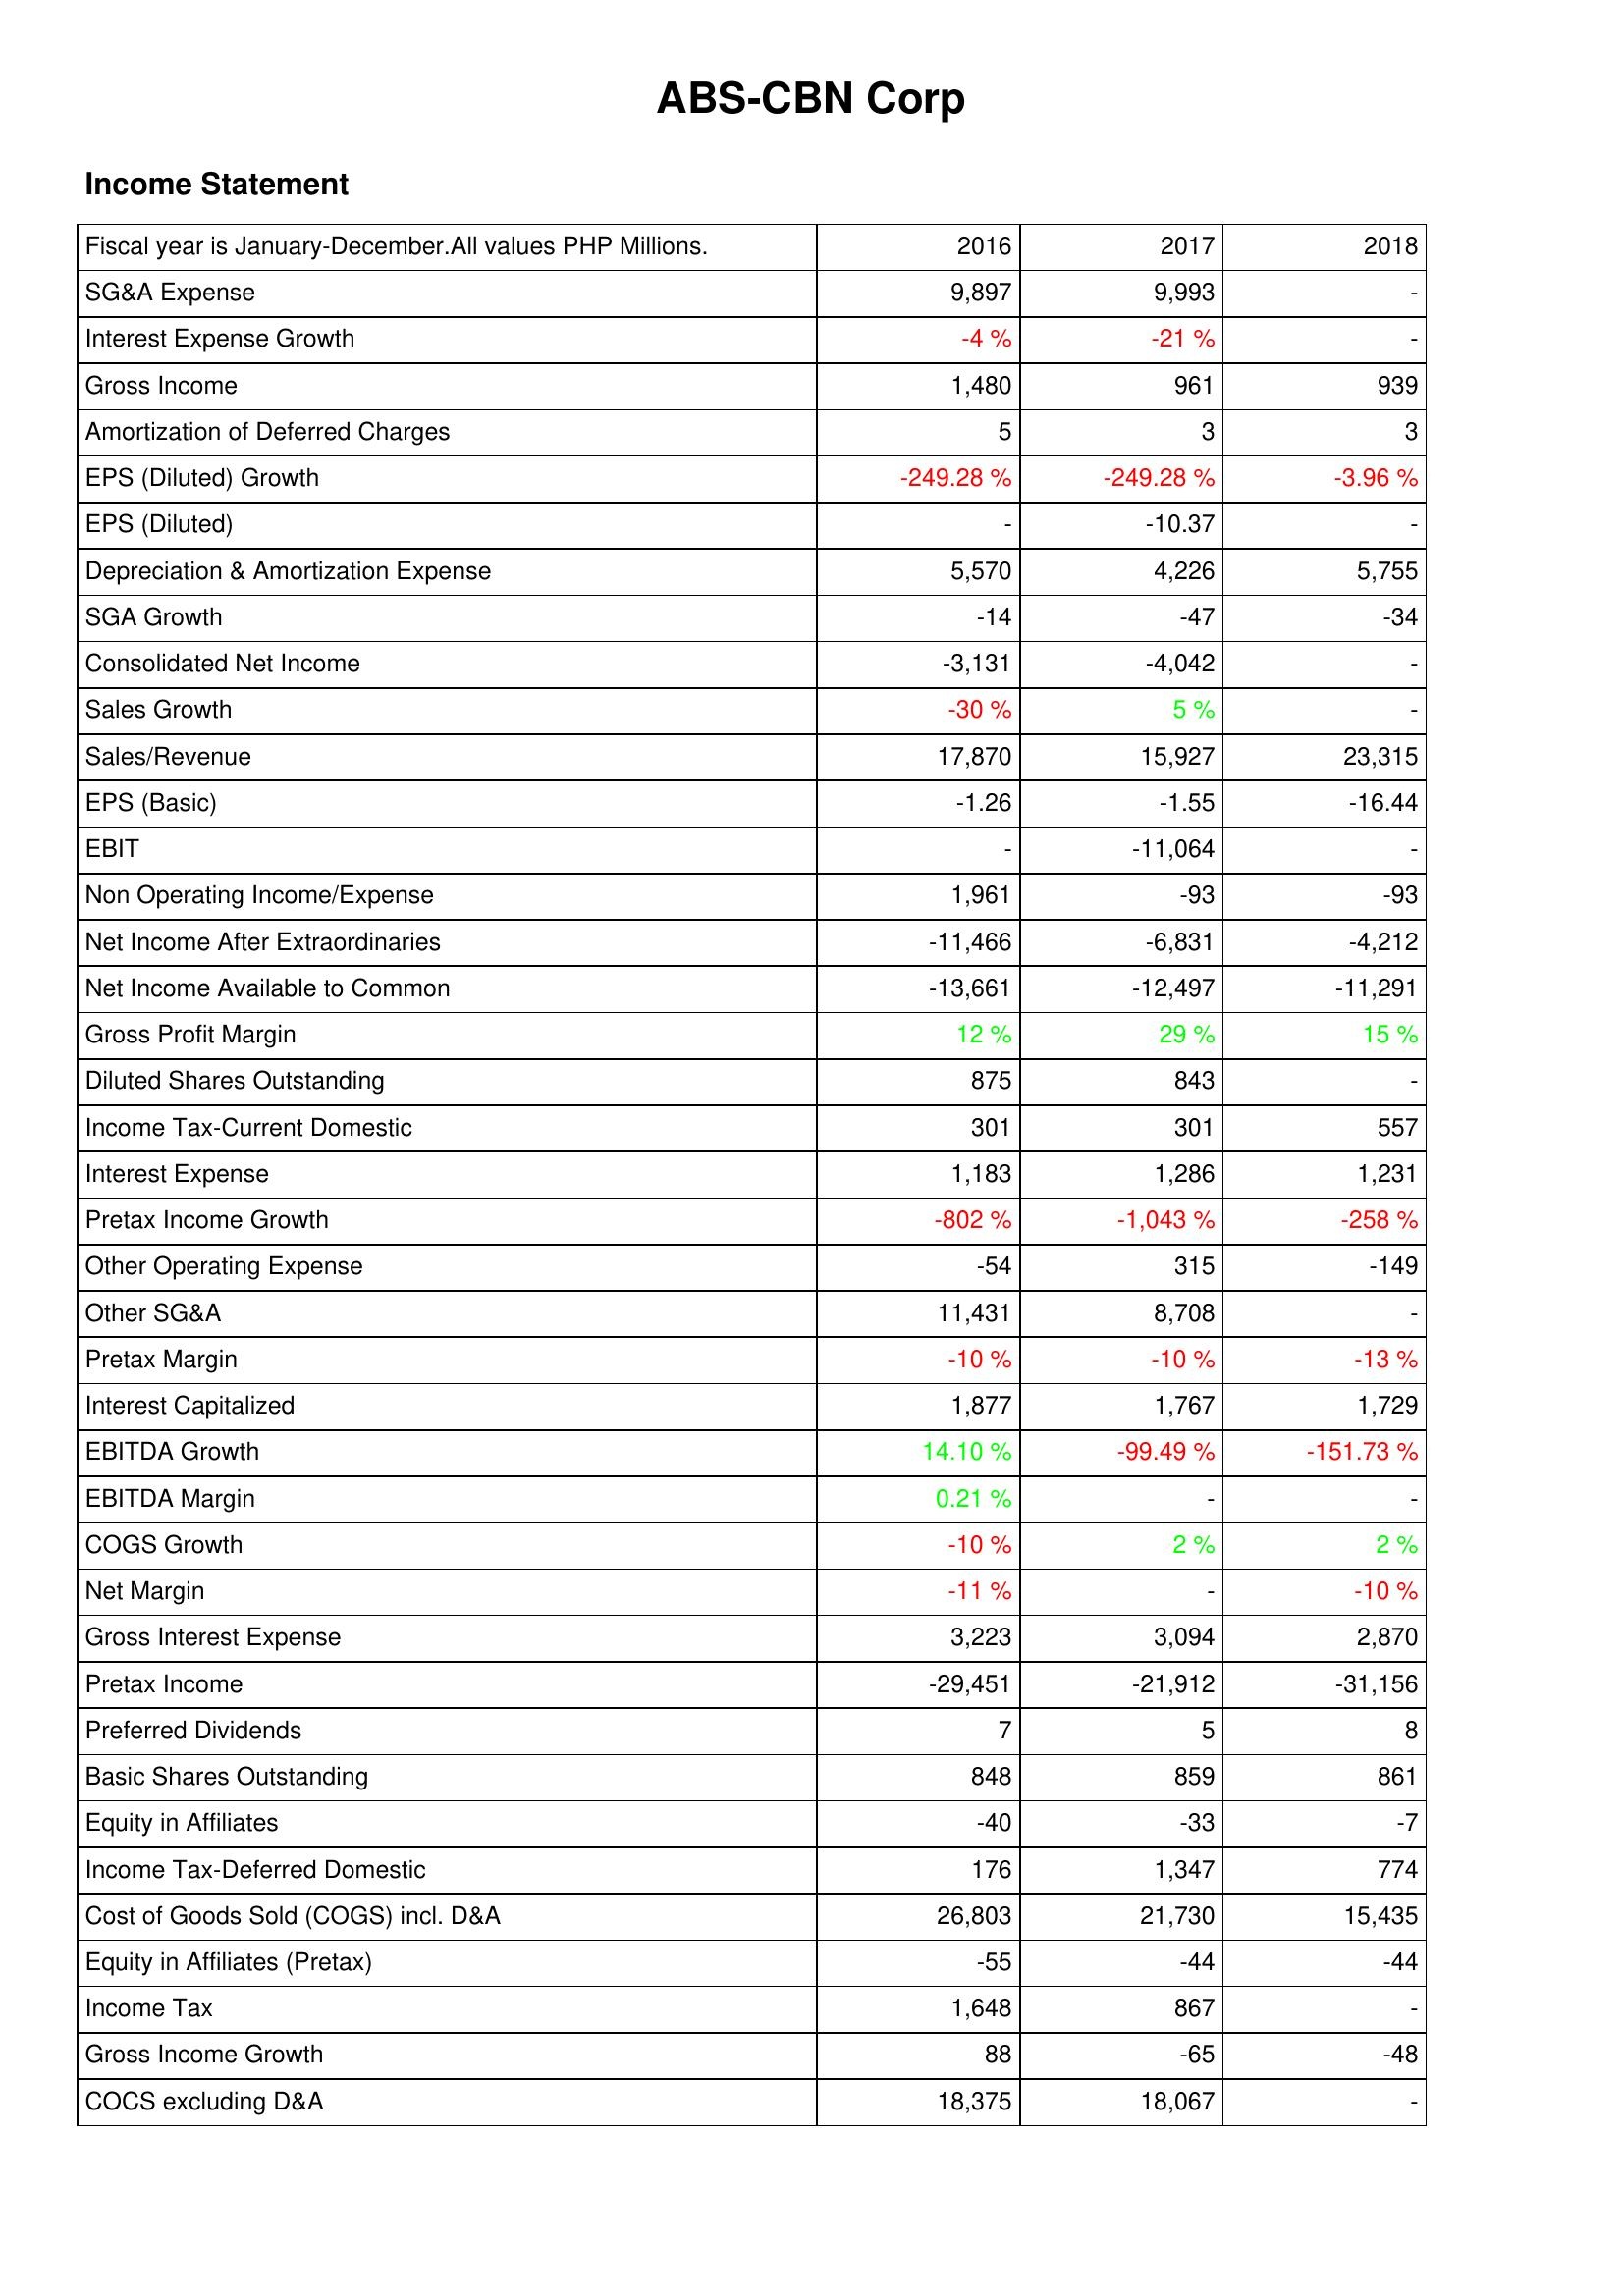
2016: Income Statement: SG&A Expense: 9,897
Interest Expense Growth: -4 %
Gross Income: 1,480
Amortization of Deferred Charges: 5
EPS (Diluted) Growth: -249.28 %
EPS (Diluted): -
Depreciation & Amortization Expense: 5,570
SGA Growth: -14
Consolidated Net Income: -3,131
Sales Growth: -30 %
Sales/Revenue: 17,870
EPS (Basic): -1.26
EBIT: -
Non Operating Income/Expense: 1,961
Net Income After Extraordinaries: -11,466
Net Income Available to Common: -13,661
Gross Profit Margin: 12 %
Diluted Shares Outstanding: 875
Income Tax-Current Domestic: 301
Interest Expense: 1,183
Pretax Income Growth: -802 %
Other Operating Expense: -54
Other SG&A: 11,431
Pretax Margin: -10 %
Interest Capitalized: 1,877
EBITDA Growth: 14.10 %
EBITDA Margin: 0.21 %
COGS Growth: -10 %
Net Margin: -11 %
Gross Interest Expense: 3,223
Pretax Income: -29,451
Preferred Dividends: 7
Basic Shares Outstanding: 848
Equity in Affiliates: -40
Income Tax-Deferred Domestic: 176
Cost of Goods Sold (COGS) incl. D&A: 26,803
Equity in Affiliates (Pretax): -55
Income Tax: 1,648
Gross Income Growth: 88
COCS excluding D&A: 18,375
2017: Income Statement: SG&A Expense: 9,993
Interest Expense Growth: -21 %
Gross Income: 961
Amortization of Deferred Charges: 3
EPS (Diluted) Growth: -249.28 %
EPS (Diluted): -10.37
Depreciation & Amortization Expense: 4,226
SGA Growth: -47
Consolidated Net Income: -4,042
Sales Growth: 5 %
Sales/Revenue: 15,927
EPS (Basic): -1.55
EBIT: -11,064
Non Operating Income/Expense: -93
Net Income After Extraordinaries: -6,831
Net Income Available to Common: -12,497
Gross Profit Margin: 29 %
Diluted Shares Outstanding: 843
Income Tax-Current Domestic: 301
Interest Expense: 1,286
Pretax Income Growth: -1,043 %
Other Operating Expense: 315
Other SG&A: 8,708
Pretax Margin: -10 %
Interest Capitalized: 1,767
EBITDA Growth: -99.49 %
EBITDA Margin: -
COGS Growth: 2 %
Net Margin: -
Gross Interest Expense: 3,094
Pretax Income: -21,912
Preferred Dividends: 5
Basic Shares Outstanding: 859
Equity in Affiliates: -33
Income Tax-Deferred Domestic: 1,347
Cost of Goods Sold (COGS) incl. D&A: 21,730
Equity in Affiliates (Pretax): -44
Income Tax: 867
Gross Income Growth: -65
COCS excluding D&A: 18,067
2018: Income Statement: SG&A Expense: -
Interest Expense Growth: -
Gross Income: 939
Amortization of Deferred Charges: 3
EPS (Diluted) Growth: -3.96 %
EPS (Diluted): -
Depreciation & Amortization Expense: 5,755
SGA Growth: -34
Consolidated Net Income: -
Sales Growth: -
Sales/Revenue: 23,315
EPS (Basic): -16.44
EBIT: -
Non Operating Income/Expense: -93
Net Income After Extraordinaries: -4,212
Net Income Available to Common: -11,291
Gross Profit Margin: 15 %
Diluted Shares Outstanding: -
Income Tax-Current Domestic: 557
Interest Expense: 1,231
Pretax Income Growth: -258 %
Other Operating Expense: -149
Other SG&A: -
Pretax Margin: -13 %
Interest Capitalized: 1,729
EBITDA Growth: -151.73 %
EBITDA Margin: -
COGS Growth: 2 %
Net Margin: -10 %
Gross Interest Expense: 2,870
Pretax Income: -31,156
Preferred Dividends: 8
Basic Shares Outstanding: 861
Equity in Affiliates: -7
Income Tax-Deferred Domestic: 774
Cost of Goods Sold (COGS) incl. D&A: 15,435
Equity in Affiliates (Pretax): -44
Income Tax: -
Gross Income Growth: -48
COCS excluding D&A: -